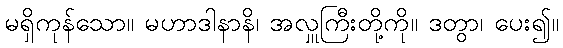
မရှိကုန်သော။ မဟာဒါနာနိ၊ အလှူကြီးတို့ကို။ ဒတွာ၊ ပေး၍။